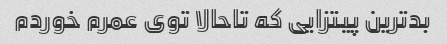
بدترین پیتزایی که تاحالا توی عمرم خوردم